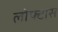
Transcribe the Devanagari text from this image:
लोफ्टास